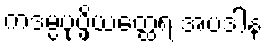
ကဒမ္ပပုပ္ဖိယတ္ထေရ အပဒါန